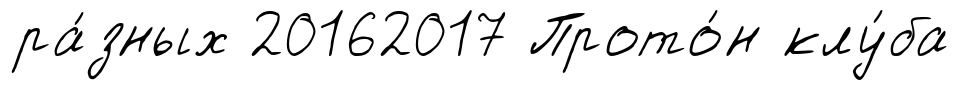
ра́зных 20162017 Прото́н клу́ба